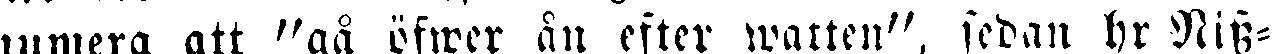
numera att "gå öfwer ån efter watten", sedan hr Niss-